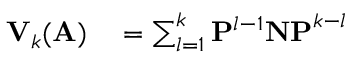
\begin{array} { r l } { \mathbf { V } _ { k } ( \mathbf { A } ) } & { { } = \sum _ { l = 1 } ^ { k } \mathbf { P } ^ { l - 1 } \mathbf { N P } ^ { k - l } } \end{array}